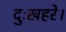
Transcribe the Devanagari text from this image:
दुःखहरे।